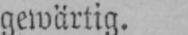
gewärtig.